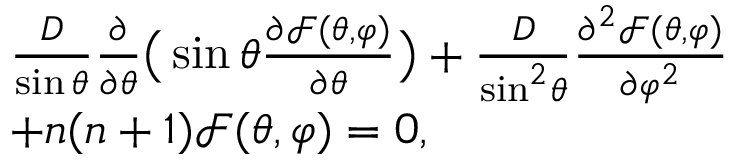
\begin{array} { r l } & { \frac { D } { { \sin \theta } } \frac { \partial } { { \partial \theta } } \big ( \sin \theta \frac { { \partial \mathcal { F } ( \theta , \varphi ) } } { { \partial \theta } } \big ) + \frac { D } { { { { \sin } ^ { 2 } } \theta } } \frac { { { \partial ^ { 2 } } \mathcal { F } ( \theta , \varphi ) } } { { \partial { \varphi ^ { 2 } } } } } \\ & { + { n ( n + 1 ) } \mathcal { F } ( \theta , \varphi ) = 0 , } \end{array}